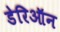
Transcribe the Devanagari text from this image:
डेरिऑन